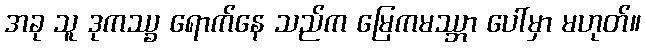
အခု သူ ဒုကဿ္ခ ရောက်နေ သည်က မြေကမဿ္ဘာ ပေါ်မှာ မဟုတ်။